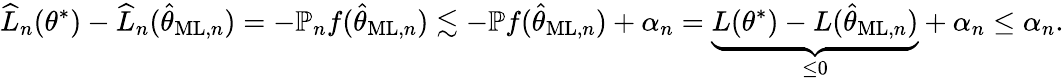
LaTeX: \widehat{L}_{n}(\theta^{\ast})-\widehat{L}_{n}(\widehat{\theta}_{\mathrm{ML},n})=-\mathbb{P}_{n}f(\widehat{\theta}_{\mathrm{ML},n})\lesssim-\mathbb{P}f(\widehat{\theta}_{\mathrm{ML},n})+\alpha_{n}=\underbrace{L(\theta^{\ast})-L(\widehat{\theta}_{\mathrm{ML},n})}_{\le 0}+\alpha_{n}\le\alpha_{n}.